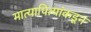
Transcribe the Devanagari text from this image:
मात्यापित्यांकडून